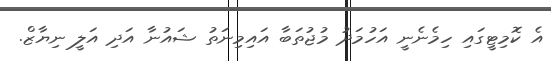
އެ ކޮމިޓީގައި ހިމެނެނީ އަހުމަދު މުޖުތަބާ އައިމިނަތު ޝައުނާ އަދި އަލީ ނިޔާޒް.